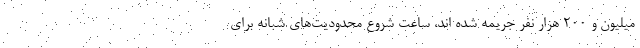
میلیون و ۲۰۰ هزار نفر جریمه شده اند، ساعت شروع محدودیت‌های شبانه برای